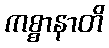
ကစ္စာနာတိ